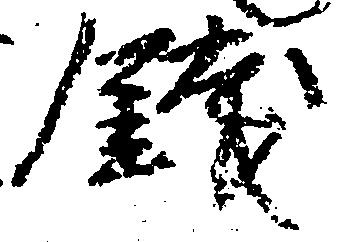
銭